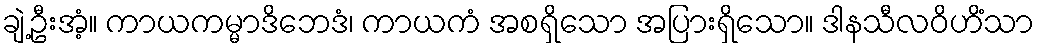
ချဲ့ဦးအံ့။ ကာယကမ္မာဒိဘေဒံ၊ ကာယကံ အစရှိသော အပြားရှိသော။ ဒါနသီလဝိဟိံသာ